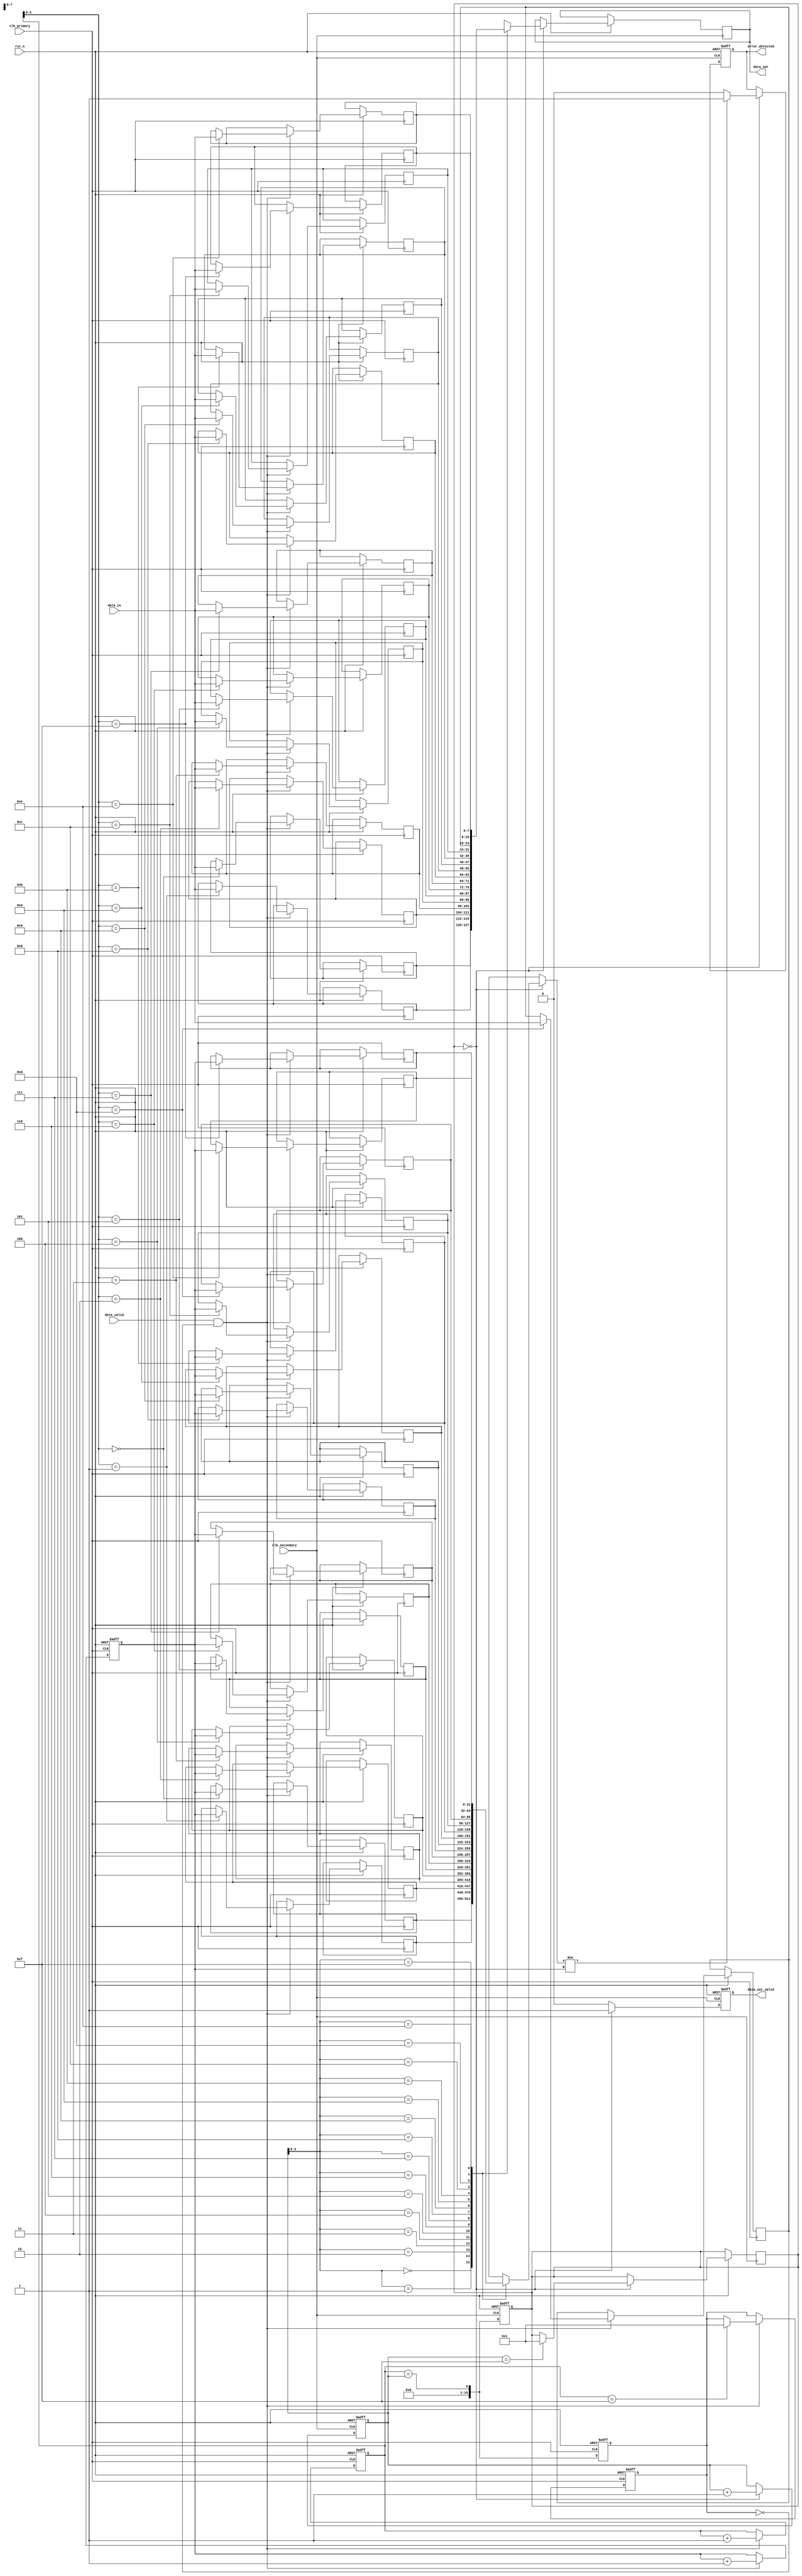
module TimeStampedSynchronizer #(
    parameter DATA_WIDTH = 8,
    parameter FIFO_DEPTH = 16
)(
    input wire clk_primary,          // Primary clock
    input wire clk_secondary,        // Secondary clock
    input wire rst_n,                // Active low reset
    input wire [DATA_WIDTH-1:0] data_in, // Input data from primary clock domain
    input wire data_valid,           // Data valid signal
    output reg [DATA_WIDTH-1:0] data_out, // Output data to secondary clock domain
    output reg data_out_valid,       // Output data valid signal
    output reg error_detected        // Error indication
);

    // Time-stamping Logic
    reg [31:0] timestamp_counter; // 32-bit timestamp counter

    // FIFO Buffer Implementation
    reg [DATA_WIDTH-1:0] fifo_data[FIFO_DEPTH-1:0];
    reg [31:0] fifo_timestamp[FIFO_DEPTH-1:0];
    reg [$clog2(FIFO_DEPTH):0] write_ptr;
    reg [$clog2(FIFO_DEPTH):0] read_ptr;
    reg [FIFO_DEPTH-1:0] fifo_full;
    reg [FIFO_DEPTH-1:0] fifo_empty;

    // Write Logic for Primary Clock Domain
    always @(posedge clk_primary or negedge rst_n) begin
        if (!rst_n) begin
            timestamp_counter <= 0;
            write_ptr <= 0;
            fifo_full <= 1'b0;
        end else if (data_valid && !fifo_full) begin
            fifo_data[write_ptr] <= data_in;
            fifo_timestamp[write_ptr] <= timestamp_counter;
            write_ptr <= write_ptr + 1;
            timestamp_counter <= timestamp_counter + 1;
            if (write_ptr == FIFO_DEPTH - 1) fifo_full <= 1'b1;
        end
    end

    // Read Logic for Secondary Clock Domain
    always @(posedge clk_secondary or negedge rst_n) begin
        if (!rst_n) begin
            read_ptr <= 0;
            data_out_valid <= 1'b0;
            error_detected <= 1'b0;
        end else if (!fifo_empty) begin
            data_out <= fifo_data[read_ptr];
            data_out_valid <= 1'b1;

            // Error detection logic (simple example)
            if (fifo_timestamp[read_ptr] != timestamp_counter) begin
                error_detected <= 1'b1;
            end else begin
                error_detected <= 1'b0;
            end

            read_ptr <= read_ptr + 1;
            if (read_ptr == FIFO_DEPTH - 1) fifo_empty <= 1'b1;
        end else begin
            data_out_valid <= 1'b0; // No data to output
        end
    end

    // FIFO Full/Empty Logic
    always @(posedge clk_primary or negedge rst_n) begin
        if (!rst_n) begin
            fifo_full <= 1'b0;
        end else begin
            fifo_full <= (write_ptr == read_ptr);
        end
    end

    always @(posedge clk_secondary or negedge rst_n) begin
        if (!rst_n) begin
            fifo_empty <= 1'b1;
        end else begin
            fifo_empty <= (write_ptr == read_ptr);
        end
    end

endmodule